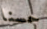
حسنا